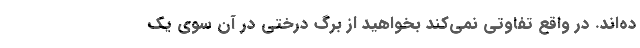
ده‌اند. در واقع تفاوتی نمی‌کند بخواهید از برگ درختی در آن سوی یک